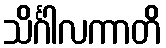
သိင်္ဂါလကာတိ